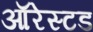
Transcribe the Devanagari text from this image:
ऑरेस्टड